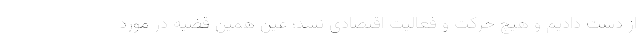
از دست دادیم و هیچ حرکت و فعالیت اقتصادی نشد؛ عین همین قضیه در مورد